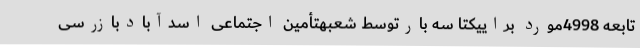
تابعه 4998مورد براییکتا سه بارتوسط شعبهتأمین اجتماعی اسدآبادبازرسی